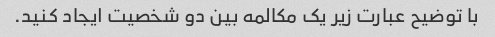
با توضیح عبارت زیر یک مکالمه بین دو شخصیت ایجاد کنید.